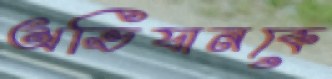
অভিযানকে